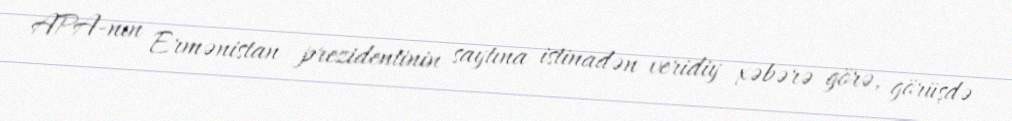
APA-nın Ermənistan prezidentinin saytına istinadən veridiy xəbərə görə, görüşdə